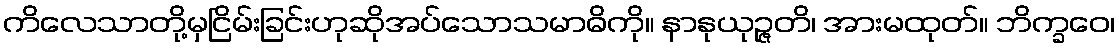
ကိလေသာတို့မှငြိမ်းခြင်းဟုဆိုအပ်သောသမာဓိကို။ နာနုယုဉ္ဇတိ၊ အားမထုတ်။ ဘိက္ခဝေ၊